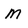
Character: M